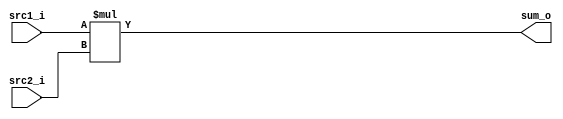

module Multiply(
    src1_i,
    src2_i,
    sum_o
    );

//I/O ports
input  [32-1:0]  src1_i;
input  [32-1:0]	 src2_i;
output [32-1:0]  sum_o;

//Internal Signals
wire   [64-1:0]	 sum_temp;
wire   [32-1:0]  sum_o;

assign sum_temp = src1_i * src2_i;
assign sum_o = sum_temp[32-1:0];


endmodule